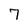
Character: 7